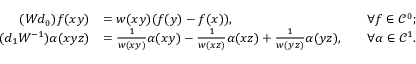
\begin{array} { r l r l } { ( W d _ { 0 } ) f ( x y ) } & { = w ( x y ) ( f ( y ) - f ( x ) ) , } & & { \forall f \in \mathcal { C } ^ { 0 } ; } \\ { ( d _ { 1 } W ^ { - 1 } ) \alpha ( x y z ) } & { = \frac { 1 } { w ( x y ) } \alpha ( x y ) - \frac { 1 } { w ( x z ) } \alpha ( x z ) + \frac { 1 } { w ( y z ) } \alpha ( y z ) , } & & { \forall \alpha \in \mathcal { C } ^ { 1 } . } \end{array}